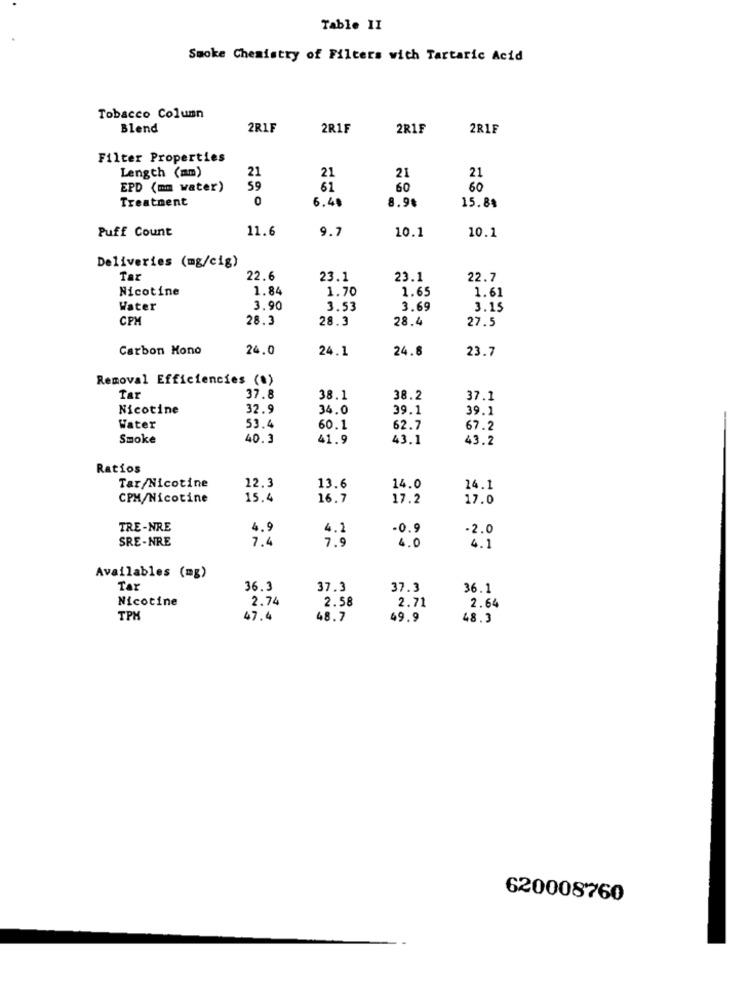
Table II
Smoke Chemistry of Filters with Tartaric Acid
Tobacco Column
Blend
2RIF
2R1F
2R1F
2R1F
Filter Properties
Length (mm)
21
21
21
21
EPD (mm water)
59
61
60
60
Treatment
0
6.4
15.84
8.98
Puff Count
11.6
9.7
10.1
10.1
Deliveries (mg/cig)
Tar
22.6
23.1
23.1
22.7
Nicotine
1.84
1.70
1.65
1.61
Water
3.90
3.53
3.69
3.15
CPM
28.3
28.3
28.4
27.5
Carbon Kono
24.0
24.1
24.8
23.7
Removal Efficiencies (*)
Tar
37.8
38.1
38.2
37.1
Nicotine
32.9
34.0
39.1
39.1
53.4
Water
60.1
62.7
67.2
Smoke
40.3
41.9
43.1
43.2
Ratios
Tar/Nicotine
12.3
13.6
14.0
14.1
CPM/Nicotine
15.4
16.7
17.2
17.0
TRE-NRE
4.2
-0.9
-2.0
SRE-NRE
7.9
4.0
4.1
Availables (mg)
Tar
36.3
37.3
37.3
36.1
Nicotine
2.74
2.71
2.64
2.58
TPM
47.4
48.7
49.9
48.3
620008760